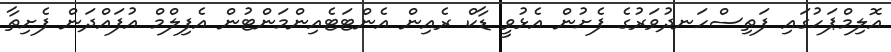
އޮލިމްޕަހުގައި ފަތިސްހަނދުވަރުގެ ފެށުން އެޅުވީ ޑާކް ރެއިން އެންޓަޓެއިންމަންޓުން އެފިލްމް އުފައްދަން ފެށިތާ